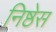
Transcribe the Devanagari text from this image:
निष्ठेस